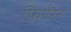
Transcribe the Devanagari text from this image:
फ़िनेरैन